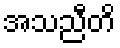
အသညီတိ